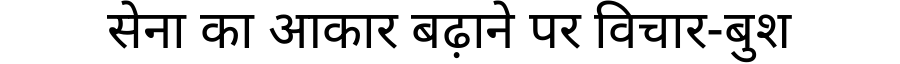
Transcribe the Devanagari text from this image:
सेना का आकार बढ़ाने पर विचार-बुश